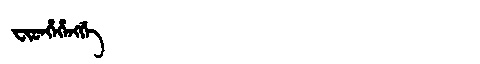
Manchu: ᠸᡳᡨᡥᡝᡥᡝᠩᡤᡝ
Romanization: FITHEHENGGE